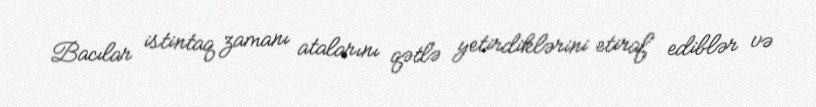
Bacılar istintaq zamanı atalarını qətlə yetirdiklərini etiraf ediblər və